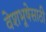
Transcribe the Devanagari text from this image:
वेशभूषेसाठी